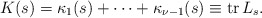
\begin{align*}K(s)=\kappa_1(s)+\dots+\kappa_{\nu-1}(s)\equiv \mathop{\mathrm{tr}} L_s.\end{align*}